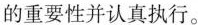
的重要性并认真执行。